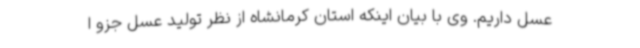
عسل داریم. وی با بیان اینکه استان کرمانشاه از نظر تولید عسل جزو ا